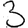
Digit: 3